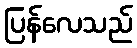
ပြန်လေသည်